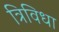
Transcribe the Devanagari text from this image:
त्रिविधा